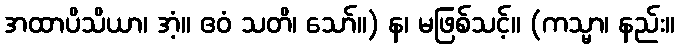
အထာပိသိယာ၊ အံ့။ ဧဝံ သတိ၊ သော်။) န၊ မဖြစ်သင့်။ (ကသ္မာ၊ နည်း။